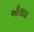
ઔલાદ